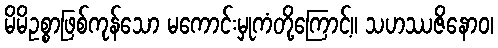
မိမိဥစ္စာဖြစ်ကုန်သော မကောင်းမှုကံတို့ကြောင့်။ သဟဿဇိနောဝ၊